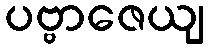
ပဗ္ဗာဇေယျ